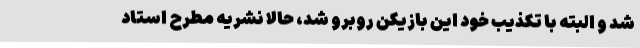
شد و البته با تکذیب خود این بازیکن روبرو شد، حالا نشریه مطرح استاد